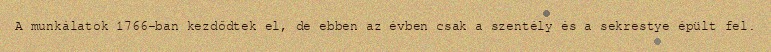
A munkálatok 1766-ban kezdődtek el, de ebben az évben csak a szentély és a sekrestye épült fel.